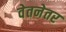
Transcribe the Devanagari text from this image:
वेतनेतर